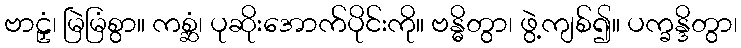
ဗာဠှံ၊ မြဲမြံစွာ။ ကစ္ဆံ၊ ပုဆိုးအောက်ပိုင်းကို။ ဗန္ဓိတွာ၊ ဖွဲ့ကျစ်၍။ ပက္ခန္ဒိတွာ၊